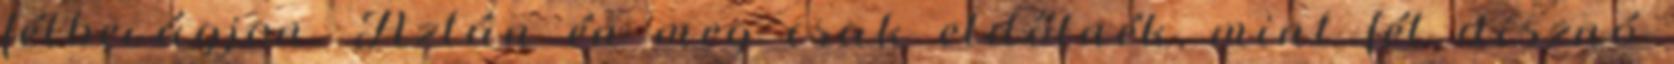
félbevágjon. Aztán én meg csak eldőlnék, mint fél disznó